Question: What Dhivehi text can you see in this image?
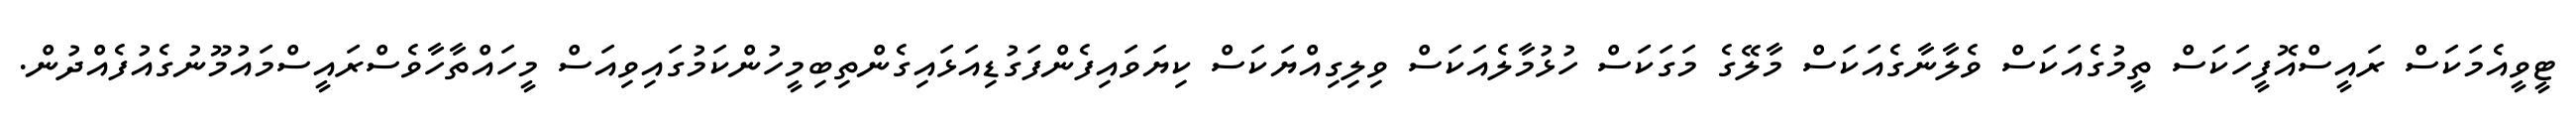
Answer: ޓީވީއެމަކަސް ރައީސްއޮފީހަކަސް ތީމުގެއަކަސް ވެލާނާގެއަކަސް މާލޭގެ މަގަކަސް ހުޅުމާލެއަކަސް ވިލިގިއްޔަކަސް ކިޔަވައިފެންފަގުޑިއަޅައިގެންތިބިމީހުންކަމުގައިވިއަސް މީހައްތާހާވެސްރައީސްމައުމޫނުގެއުފެއްދުން.